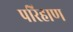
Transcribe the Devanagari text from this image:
परिहाण